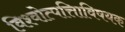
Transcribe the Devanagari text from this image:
विश्वोत्पत्तिाविषयक